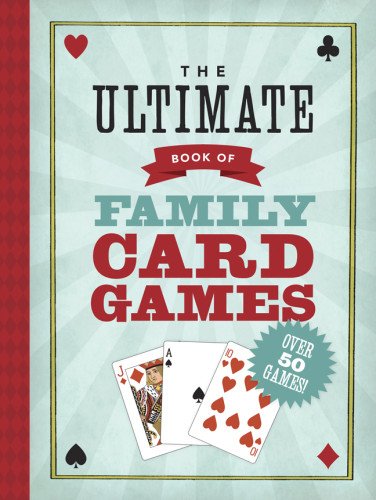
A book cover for The Ultimate Book of Family Card Games; Oliver Ho; Humor & Entertainment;